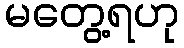
မတွေ့ရဟု